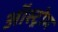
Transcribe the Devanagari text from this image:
ऑस्ट्रोम